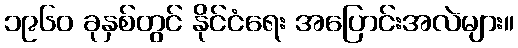
၁၉၆၀ ခုနှစ်တွင် နိုင်ငံရေး အပြောင်းအလဲများ။